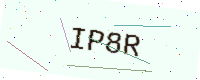
Text: IP8R